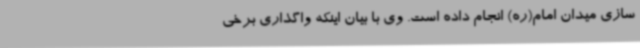
سازی میدان امام(ره) انجام داده است. وی با بیان اینکه واگذاری برخی